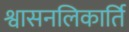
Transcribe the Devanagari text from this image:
श्वासनलिकार्ति